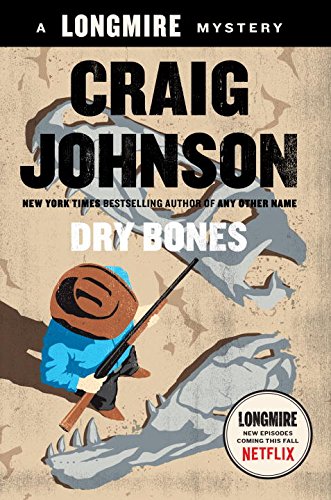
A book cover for Dry Bones: A Walt Longmire Mystery (Walt Longmire Mysteries); Craig Johnson; Literature & Fiction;